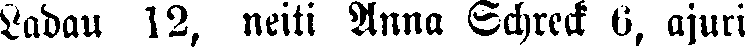
Ladau 12, neiti Anna Schreck 6, ajuri